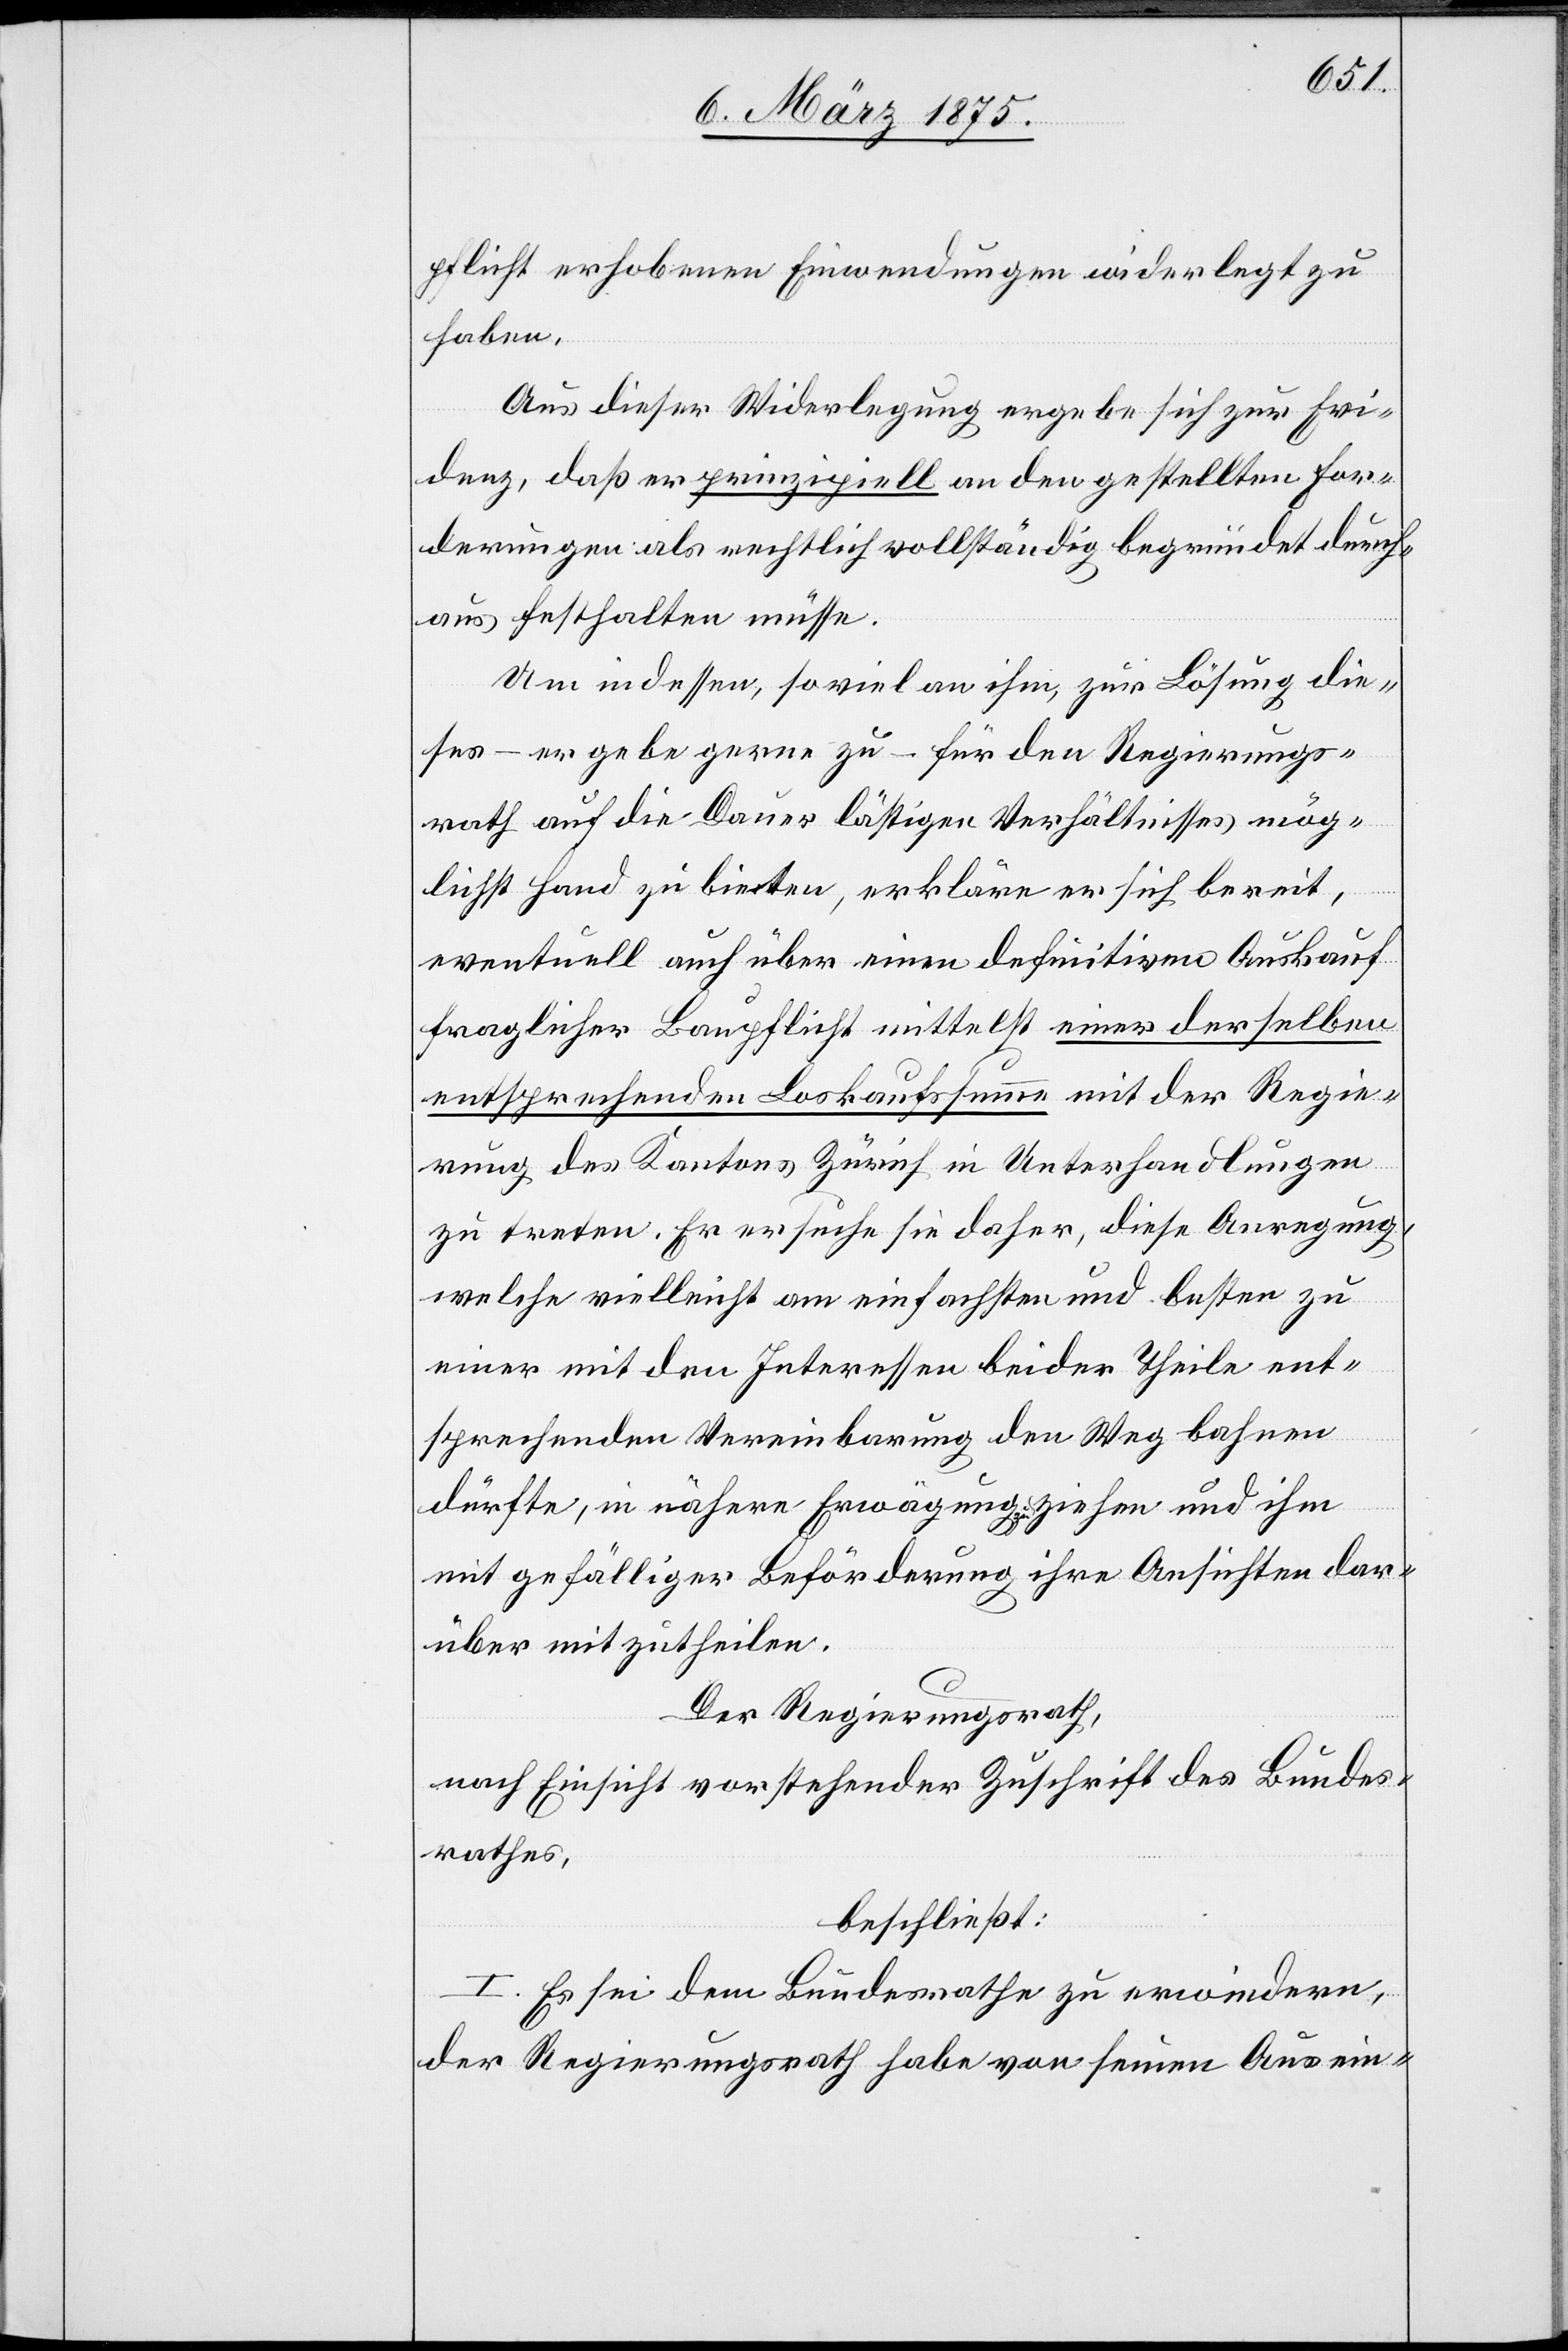
pflicht erhobenen Einwendungen widerlegt zu
haben.
Aus dieser Widerlegung ergebe sich zur Ewi¬
denz, daß er prinzipiell an den gestellten For¬
derungen als rechtlich vollständig begründet durch¬
aus festhalten müsse.
Um indessen, so viel an ihm, zur Lösung die¬
ses – er gebe gerne zu – für den Regierungs¬
rath auf die Dauer lästigen Verhältnisses, mög¬
lichst Hand zu bieten, erkläre er sich bereit,
eventuell auch über einen definitiven Ausverkauf
fraglicher Baupflicht mittelst einer derselben
entsprechenden Loskaufssumme mit der Regie¬
rung des Kanton Zürich in Unterhandlungen
zu treten. Er ersuche sie daher, diese Anregung,
welche vielleicht am einfachsten und besten zu
einer mit den Interessen beider Theile ent¬
sprechenden Vereinbarung den Weg bahnen
dürfte, in nähere Erwägung a-zu-a ziehen und ihm
mit gefälliger Beförderung ihre Ansichten dar¬
über mitzutheilen.
Der Regierungsrath,
nach Einsicht vorstehender Zuschrift des Bundes¬
rathes,
beschließt:
I. Es sei dem Bundesrathe zu erwiedern,
der Regierungsrath habe von seinen Ausein-